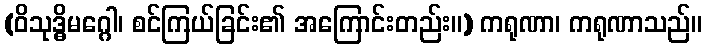
(ဝိသုဒ္ဓိမဂ္ဂေါ၊ စင်ကြယ်ခြင်း၏ အကြောင်းတည်း။) ကရုဏာ၊ ကရုဏာသည်။